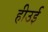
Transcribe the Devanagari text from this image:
हीउई